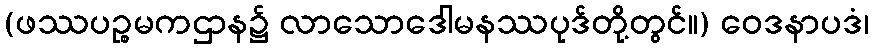
(ဖဿပဉ္စမကဌာန၌ လာသောဒေါမနဿပုဒ်တို့တွင်။) ဝေဒနာပဒံ၊